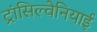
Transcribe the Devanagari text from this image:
ट्रांसिल्वेनियाई